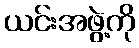
ယင်းအဖွဲ့ကို